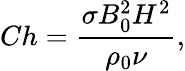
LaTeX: Ch=\frac{\sigma B_{0}^{2}H^{2}}{\rho_{0}\nu},